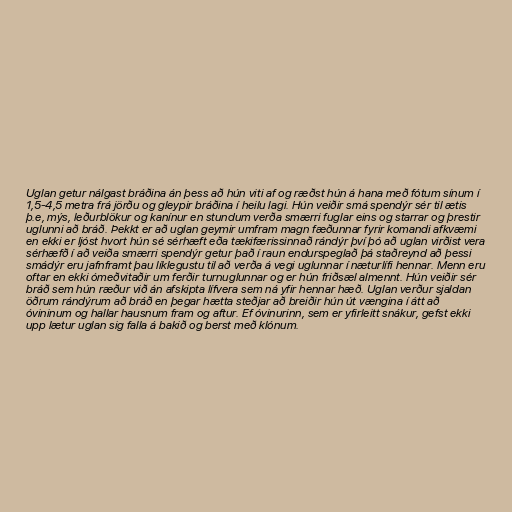
Uglan getur nálgast bráðina án þess að hún viti af og ræðst hún á hana með fótum sínum í
1,5-4,5 metra frá jörðu og gleypir bráðina í heilu lagi. Hún veiðir smá spendýr sér til ætis
þ.e, mýs, leðurblökur og kanínur en stundum verða smærri fuglar eins og starrar og þrestir
uglunni að bráð. Þekkt er að uglan geymir umfram magn fæðunnar fyrir komandi afkvæmi
en ekki er ljóst hvort hún sé sérhæft eða tækifærissinnað rándýr því þó að uglan virðist vera
sérhæfð í að veiða smærri spendýr getur það í raun endurspeglað þá staðreynd að þessi
smádýr eru jafnframt þau líklegustu til að verða á vegi uglunnar í næturlífi hennar. Menn eru
oftar en ekki ómeðvitaðir um ferðir turnuglunnar og er hún friðsæl almennt. Hún veiðir sér
bráð sem hún ræður við án afskipta lífvera sem ná yfir hennar hæð. Uglan verður sjaldan
öðrum rándýrum að bráð en þegar hætta steðjar að breiðir hún út vængina í átt að
óvininum og hallar hausnum fram og aftur. Ef óvinurinn, sem er yfirleitt snákur, gefst ekki
upp lætur uglan sig falla á bakið og berst með klónum.